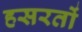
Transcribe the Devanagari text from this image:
हसरतों